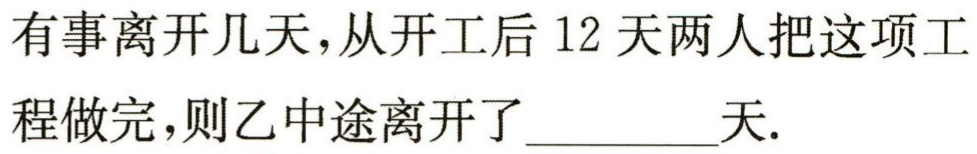
有事离开几天，从开工后 12 天两人把这项工程做完，则乙中途离开了_________天.